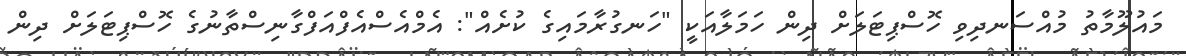
މައުލޫމާތު މުއްސަނދިވި ހޮސްޕިޓަލަށް ދިން ހަމަލާއަކީ "ހަނގުރާމައިގެ ކުށެއް": އެމްއެސްއެފްއަފްގާނިސްތާނުގެ ހޮސްޕިޓަލަށް ދިން